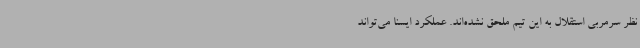
نظر سرمربی استقلال به این تیم ملحق نشده‌اند. عملکرد ایسنا می‌تواند